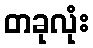
တခုလုံး